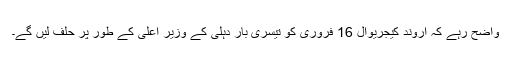
واضح رہے کہ اروند کیجریوال 16 فروری کو تیسری بار دہلی کے وزیر اعلیٰ کے طور پر حلف لیں گے۔